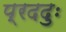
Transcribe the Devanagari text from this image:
प्रददुः